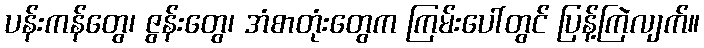
ပန်းကန်တွေ၊ ဇွန်းတွေ၊ အံစာတုံးတွေက ကြမ်းပေါ်တွင် ပြန့်ကြဲလျက်။